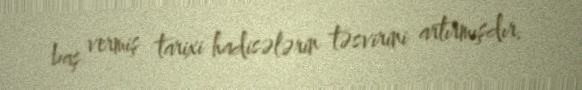
baş vermiş tarixi hadisələrin təsvirini artırmışdır.